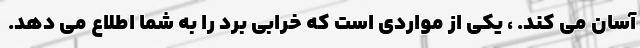
آسان می کند. ، یکی از مواردی است که خرابی برد را به شما اطلاع می دهد.